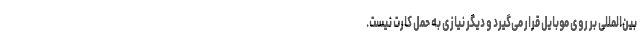
بین‌المللی بر روی موبایل قرار می‌گیرد و دیگر نیازی به حمل کارت نیست.